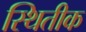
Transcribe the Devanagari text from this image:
स्थितीक